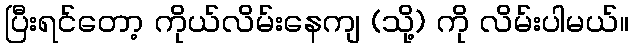
ပြီးရင်တော့ ကိုယ်လိမ်းနေကျ (သို့) ကို လိမ်းပါမယ်။